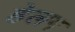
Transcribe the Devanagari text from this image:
हेलग